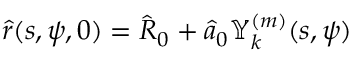
\hat { r } ( s , \psi , 0 ) = \hat { R } _ { 0 } + \hat { a } _ { 0 } \mathbb { Y } _ { k } ^ { ( m ) } ( s , \psi )